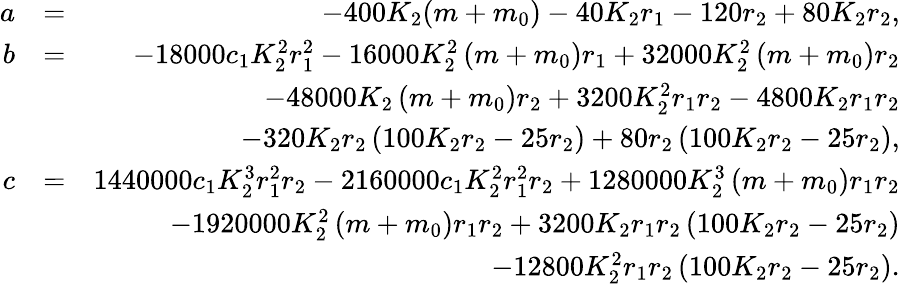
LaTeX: \begin{array}{rlr}{a}&{=}&{-400K_{2}(m+m_{0})-40K_{2}r_{1}-120r_{2}+80K_{2}r_{2},}\\ {b}&{=}&{-18000c_{1}K_{2}^{2}r_{1}^{2}-16000K_{2}^{2}\left(m+m_{0}\right)r_{1}+32000K_{2}^{2}\left(m+m_{0}\right)r_{2}}\\ &{}&{-48000K_{2}\left(m+m_{0}\right)r_{2}+3200K_{2}^{2}r_{1}r_{2}-4800K_{2}r_{1}r_{2}}\\ &{}&{-320K_{2}r_{2}\left(100K_{2}r_{2}-25r_{2}\right)+80r_{2}\left(100K_{2}r_{2}-25r_{2}\right),}\\ {c}&{=}&{1440000c_{1}K_{2}^{3}r_{1}^{2}r_{2}-2160000c_{1}K_{2}^{2}r_{1}^{2}r_{2}+1280000K_{2}^{3}\left(m+m_{0}\right)r_{1}r_{2}}\\ &{}&{-1920000K_{2}^{2}\left(m+m_{0}\right)r_{1}r_{2}+3200K_{2}r_{1}r_{2}\left(100K_{2}r_{2}-25r_{2}\right)}\\ &{}&{-12800K_{2}^{2}r_{1}r_{2}\left(100K_{2}r_{2}-25r_{2}\right).}\end{array}